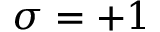
\sigma = + 1